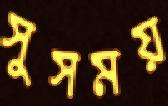
সুসময়